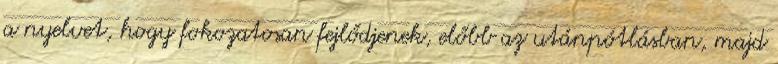
a nyelvet, hogy fokozatosan fejlődjenek, előbb az utánpótlásban, majd